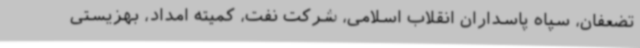
تضعفان، سپاه پاسداران انقلاب اسلامی، شرکت نفت، کمیته امداد، بهزیستی